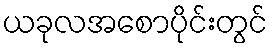
ယခုလအစောပိုင်းတွင်